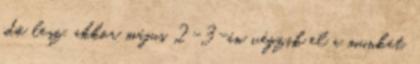
idő lesz, akkor május 2-3-án végzik el a munkát.